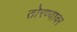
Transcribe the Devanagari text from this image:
तोरण्यावर